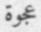
عجوة